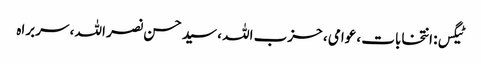
ٹیگس: انتخابات ، عوامی ، حزب اللہ ، سید حسن نصر اللہ ، سربراہ